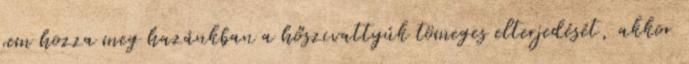
sem hozza meg hazánkban a hőszivattyúk tömeges elterjedését, akkor